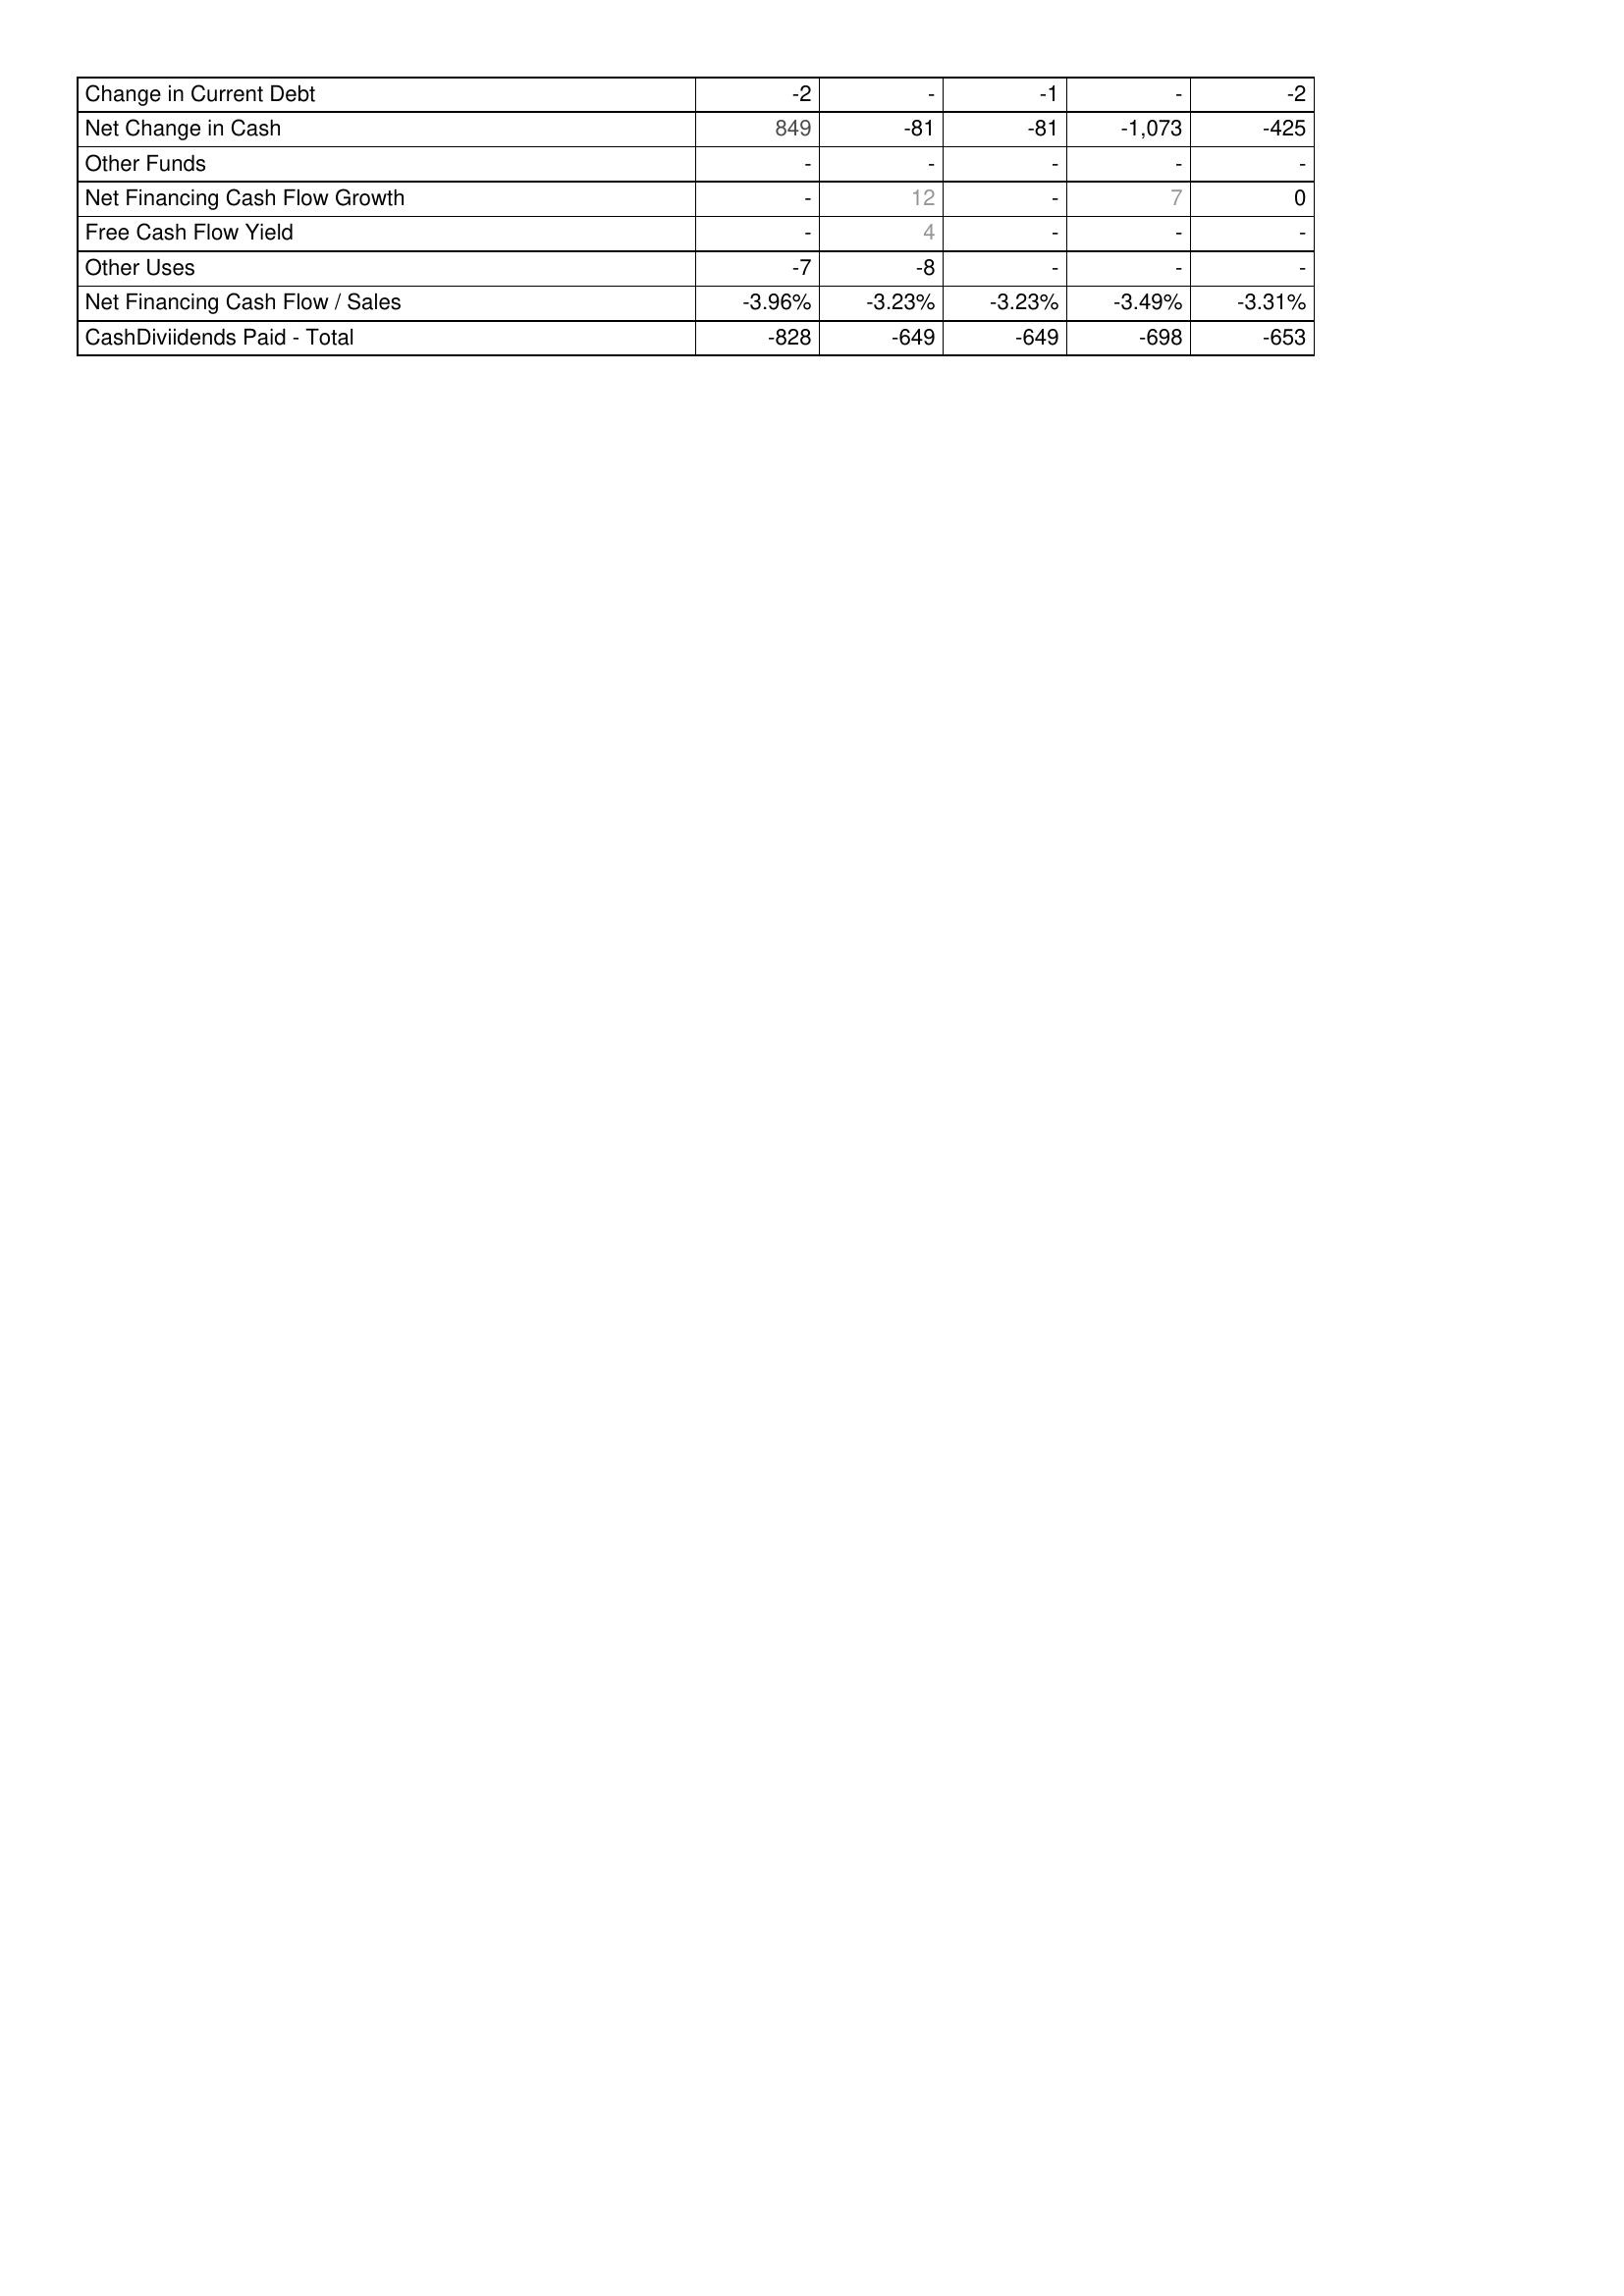
2016: Financing Activities: Change in Current Debt: -2
Net Change in Cash: 849
Other Funds: -
Net Financing Cash Flow Growth: -
Free Cash Flow Yield: -
Other Uses: -7
Net Financing Cash Flow / Sales: -3.96%
CashDiviidends Paid - Total: -828
2017: Financing Activities: Change in Current Debt: -
Net Change in Cash: -81
Other Funds: -
Net Financing Cash Flow Growth: 12
Free Cash Flow Yield: 4
Other Uses: -8
Net Financing Cash Flow / Sales: -3.23%
CashDiviidends Paid - Total: -649
2018: Financing Activities: Change in Current Debt: -1
Net Change in Cash: -81
Other Funds: -
Net Financing Cash Flow Growth: -
Free Cash Flow Yield: -
Other Uses: -
Net Financing Cash Flow / Sales: -3.23%
CashDiviidends Paid - Total: -649
2019: Financing Activities: Change in Current Debt: -
Net Change in Cash: -1,073
Other Funds: -
Net Financing Cash Flow Growth: 7
Free Cash Flow Yield: -
Other Uses: -
Net Financing Cash Flow / Sales: -3.49%
CashDiviidends Paid - Total: -698
2020: Financing Activities: Change in Current Debt: -2
Net Change in Cash: -425
Other Funds: -
Net Financing Cash Flow Growth: 0
Free Cash Flow Yield: -
Other Uses: -
Net Financing Cash Flow / Sales: -3.31%
CashDiviidends Paid - Total: -653